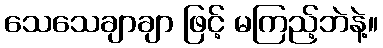
သေသေချာချာ ဖြင့် မကြည့်ဘဲနဲ့။